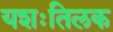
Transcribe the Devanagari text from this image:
यशःतिलक